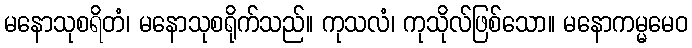
မနောသုစရိတံ၊ မနောသုစရိုက်သည်။ ကုသလံ၊ ကုသိုလ်ဖြစ်သော။ မနောကမ္မမေဝ